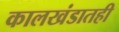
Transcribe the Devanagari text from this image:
कालखंडातही